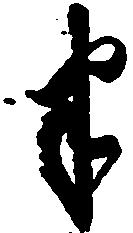
半